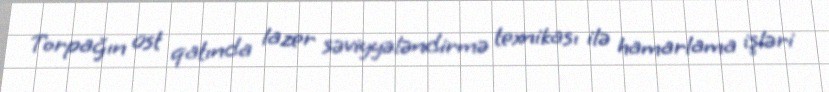
Torpağın üst qatında lazer səviyyələndirmə texnikası ilə hamarlama işləri